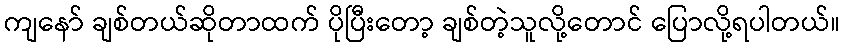
ကျနော် ချစ်တယ်ဆိုတာထက် ပိုပြီးတော့ ချစ်တဲ့သူလို့တောင် ပြောလို့ရပါတယ်။